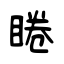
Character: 睠